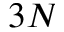
3 N